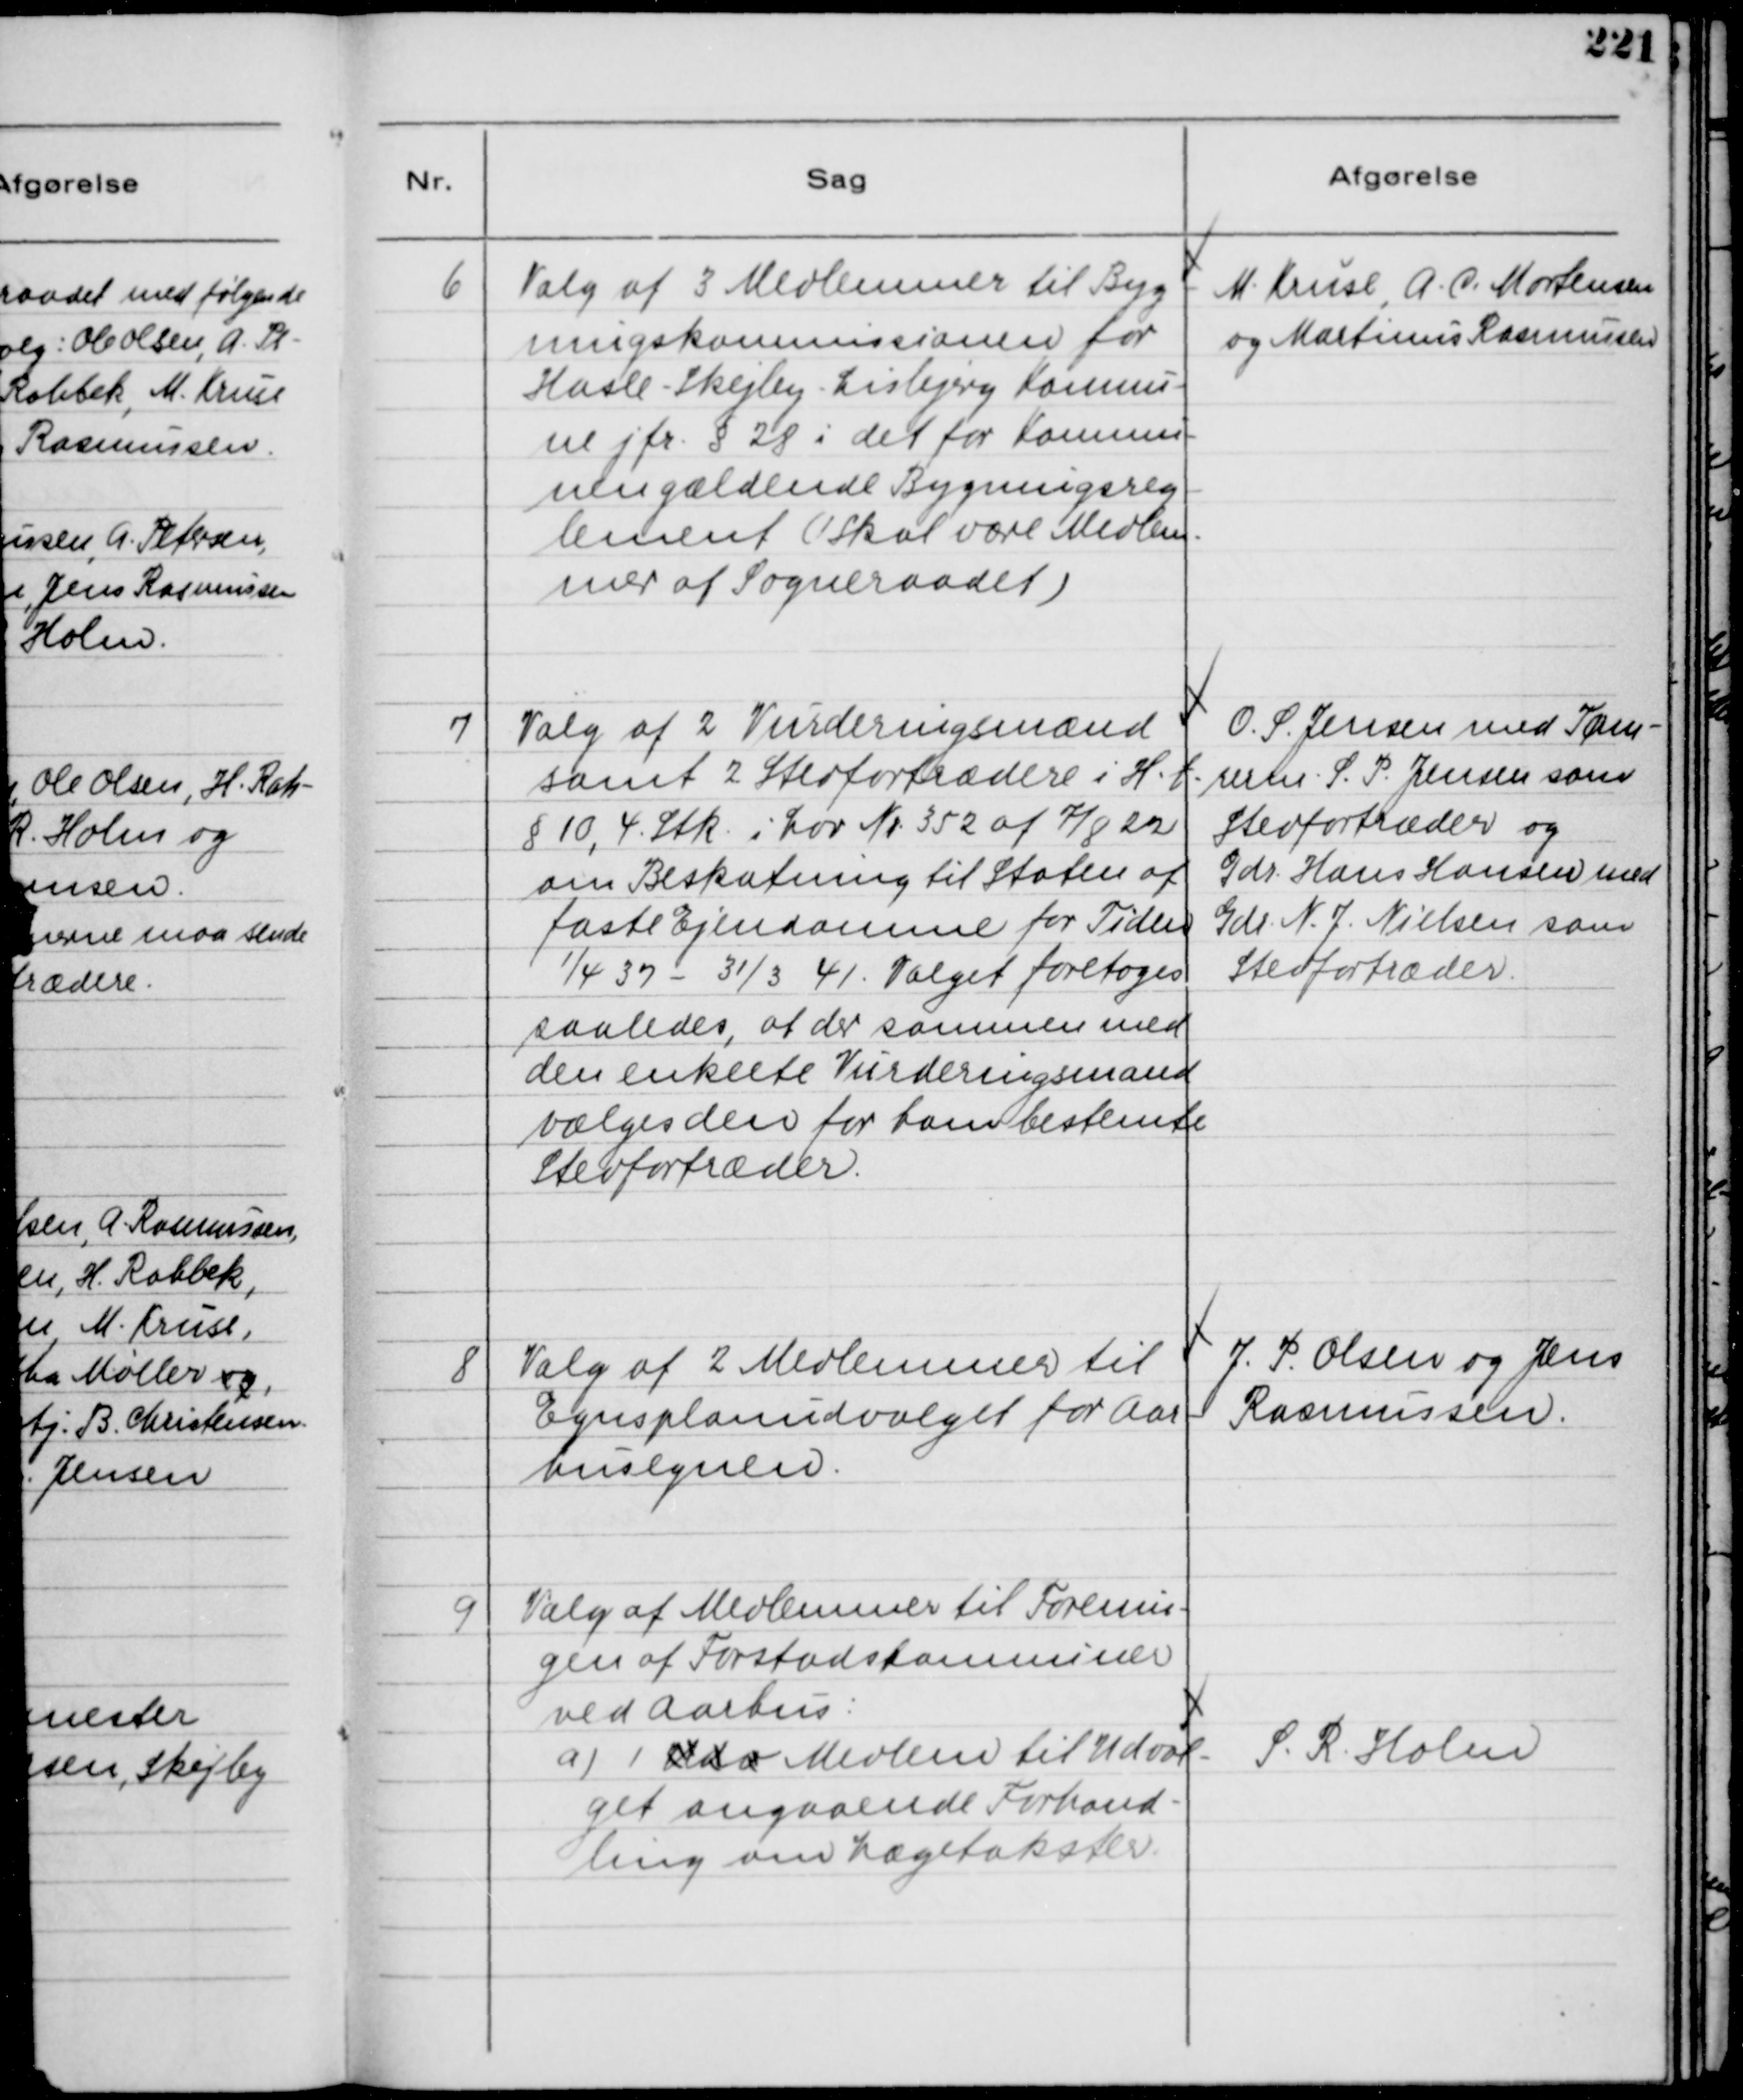
Transskription:
6
Valg af 3 Medlemmer til Byg-
ningskommissionen for
Hasle - Skejby - Lisbjerg Kommu-
ne jfr. § 28 i det for Komnu-
nen gældende Bygningsreg-
lement ( 1 skal være Medlem-
mer af Sogneraadet )

M. Kruse, A. C. Mortensen
og Martinus Rasmussen

7
Valg af 2 Vurderingsmænd
samt 2 Stedfortrædere i H. t.
§ 10, 4. Stk. i Lov Nr. 352 af 7/8 22
om Beskatning til Staten af
faste Ejendomme for Tiden.
1/4 37 - 31/3 41. Valget foretoges
saaledes, at der sammen med
den enkelte Vurderingsmand
vælges den for ham bestemte
Stedfortræder.

O. S. Jensen med Tøm-
rerm. S. P. Jensen som
Stedfortræder og
Gdr. Hans Hansen med
Gdr. N. J. Nielsen som
Stedfortræder.

8
Valg af 2 Medlemmer til
Egnsplanudvalget for Aar-
husegnen.

J. P. Olsen og Jens
Rasmussen.

9
Valg af Medlemmer til Forenin-
gen af Forstadskomnuner
ved Aarhus:
a) 1 Udv Medlem til Udval-
get angaaende Forhand-
ling om Lægetakster.

S. R. Holm